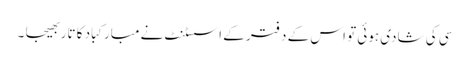
سی کی شادی ہوئی تو اس کے دفتر کے اسسٹنٹ نے مبارکباد کا تار بھیجا ۔